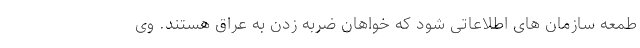
طمعه سازمان های اطلاعاتی شود که خواهان ضربه زدن به عراق هستند. وی